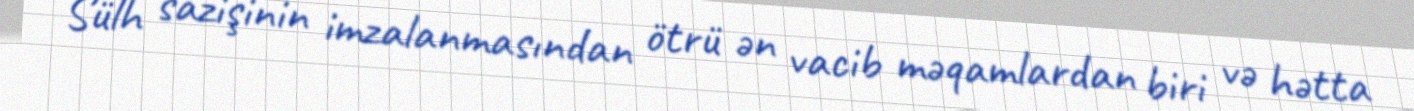
Sülh sazişinin imzalanmasından ötrü ən vacib məqamlardan biri və hətta